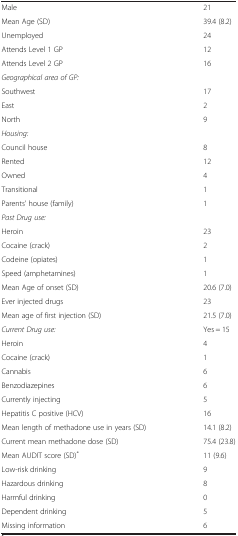
|  |  |
 | --- | --- |
 | Male | 21 |
 | Mean Age (SD) | 39.4 (8.2) |
 | Unemployed | 24 |
 | Attends Level 1 GP | 12 |
 | Attends Level 2 GP | 16 |
 | Geographical area of GP: |  |
 | Southwest | 17 |
 | East | 2 |
 | North | 9 |
 | Housing: |  |
 | Council house | 8 |
 | Rented | 12 |
 | Owned | 4 |
 | Transitional | 1 |
 | Parents’ house (family) | 1 |
 | Past Drug use: |  |
 | Heroin | 23 |
 | Cocaine (crack) | 2 |
 | Codeine (opiates) | 1 |
 | Speed (amphetamines) | 1 |
 | Mean Age of onset (SD) | 20.6 (7.0) |
 | Ever injected drugs | 23 |
 | Mean age of first injection (SD) | 21.5 (7.0) |
 | Current Drug use: | Yes = 15 |
 | Heroin | 4 |
 | Cocaine (crack) | 1 |
 | Cannabis | 6 |
 | Benzodiazepines | 6 |
 | Currently injecting | 5 |
 | Hepatitis C positive (HCV) | 16 |
 | Mean length of methadone use in years (SD) | 14.1 (8.2) |
 | Current mean methadone dose (SD) | 75.4 (23.8) |
 | Mean AUDIT score (SD)* | 11 (9.6) |
 | Low-risk drinking | 9 |
 | Hazardous drinking | 8 |
 | Harmful drinking | 0 |
 | Dependent drinking | 5 |
 | Missing information | 6 |